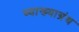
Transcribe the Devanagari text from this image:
व्याख्याग्रंथ